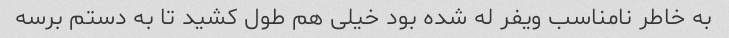
به خاطر نامناسب ویفر له شده بود خیلی هم طول کشید تا به دستم برسه